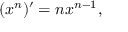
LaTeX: ( x ^ { n } ) ^ { \prime } = n x ^ { n - 1 } ,